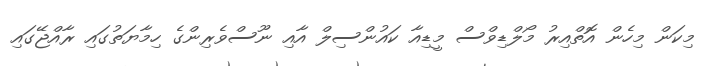
މިކަން މިހެން އޮތްއިރު މޯލްޑިވްސް މީޑިއާ ކައުންސިލް އާއި ނޫސްވެރިންގެ ހިމާޔަތުގައި ރާއްޖޭގައި